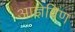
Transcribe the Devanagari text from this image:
आज्ञेविण